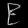
Digit: ၉